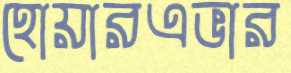
হোয়ারএভার